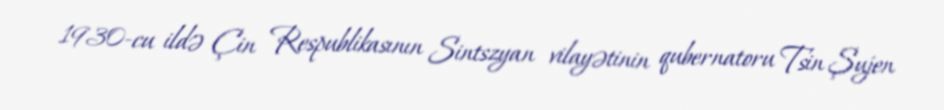
1930-cu ildə Çin Respublikasının Sintszyan vilayətinin qubernatoru Tsin Şujen